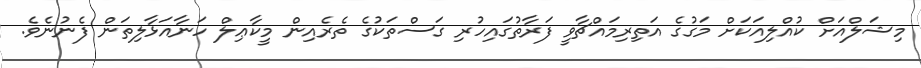
މިޝަލްއަށް ކުއްލިއަކަށް މަގުގެ އަތިރިމައްޗާވީ ފަރާތުގައިހުރި ގަސްތަކުގެ ތެރެއިން މީކާޢިލް ހަނާއަޅާލިތަން ފެނުނެވެ.